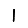
Digit: 1